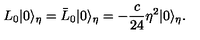
L _ { 0 } | 0 \rangle _ { \eta } = \bar { L } _ { 0 } | 0 \rangle _ { \eta } = - \frac { c } { 2 4 } \eta ^ { 2 } | 0 \rangle _ { \eta } .